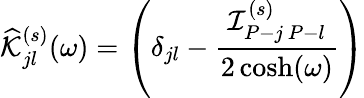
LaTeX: \widehat{\cal K}_{jl}^{(s)}(\omega)=\left(\delta_{jl}-\frac{{\cal I}_{P-j\ P-l}^{(s)}}{2\cosh(\omega)}\right)